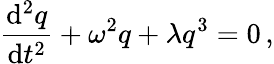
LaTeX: {\frac{\mathrm{d}^{2}q}{\mathrm{d}t^{2}}}+\omega^{2}q+\lambda q^{3}=0\, ,